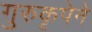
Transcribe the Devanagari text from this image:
गुरुकृपेने